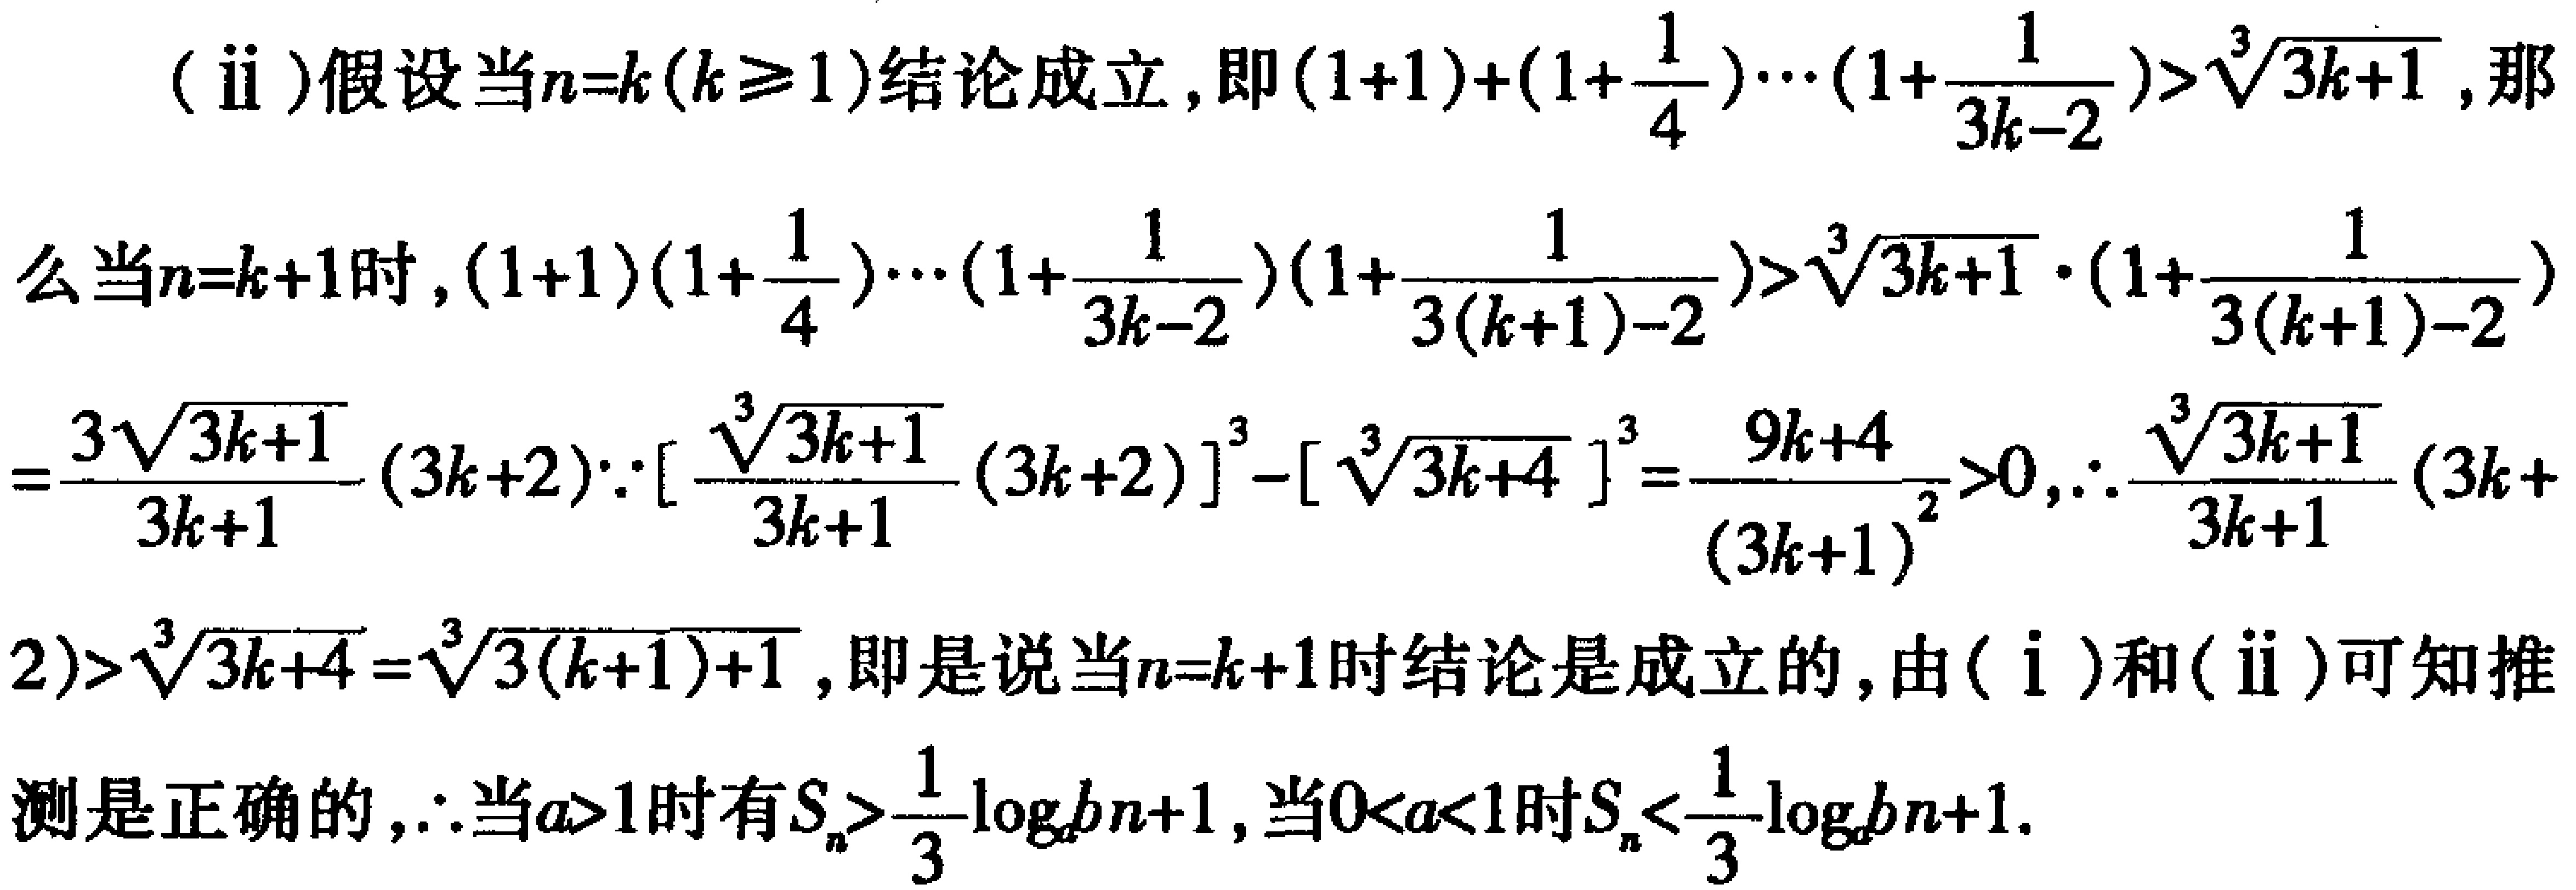
(ii)假设当\(n = k(k\geq1)\)结论成立，即\((1 + 1)(1+\frac{1}{4})\cdots(1+\frac{1}{3k - 2})>\sqrt[3]{3k + 1}\)，那么当\(n=k + 1\)时，\((1 + 1)(1+\frac{1}{4})\cdots(1+\frac{1}{3k - 2})(1+\frac{1}{3(k + 1)-2})>\sqrt[3]{3k + 1}\cdot(1+\frac{1}{3(k + 1)-2})=\frac{3\sqrt[3]{3k + 1}}{3k + 1}(3k + 2)\because[\frac{\sqrt[3]{3k + 1}}{3k + 1}(3k + 2)]^{3}-[\sqrt[3]{3k + 4}]^{3}=\frac{9k + 4}{(3k + 1)^{2}}>0,\therefore\frac{\sqrt[3]{3k + 1}}{3k + 1}(3k + 2)>\sqrt[3]{3k + 4}=\sqrt[3]{3(k + 1)+1}\)，即是说当\(n = k + 1\)时结论是成立的，由(i)和(ii)可知推测是正确的，\(\therefore\)当\(a>1\)时有\(S_{n}>\frac{1}{3}\log_{a}b{n + 1}\)，当\(0 < a<1\)时\(S_{n}<\frac{1}{3}\log_{a}b{n + 1}\)。